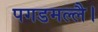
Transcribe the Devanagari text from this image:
पगडमल्लै।